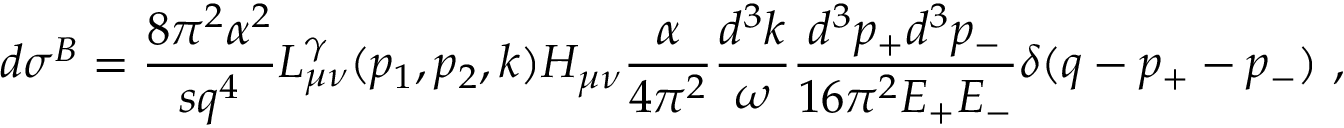
d \sigma ^ { B } = \frac { 8 \pi ^ { 2 } \alpha ^ { 2 } } { s q ^ { 4 } } L _ { \mu \nu } ^ { \gamma } ( p _ { 1 } , p _ { 2 } , k ) H _ { \mu \nu } \frac { \alpha } { 4 \pi ^ { 2 } } \frac { d ^ { 3 } k } { \omega } \frac { d ^ { 3 } p _ { + } d ^ { 3 } p _ { - } } { 1 6 \pi ^ { 2 } E _ { + } E _ { - } } \delta ( q - p _ { + } - p _ { - } ) \ ,